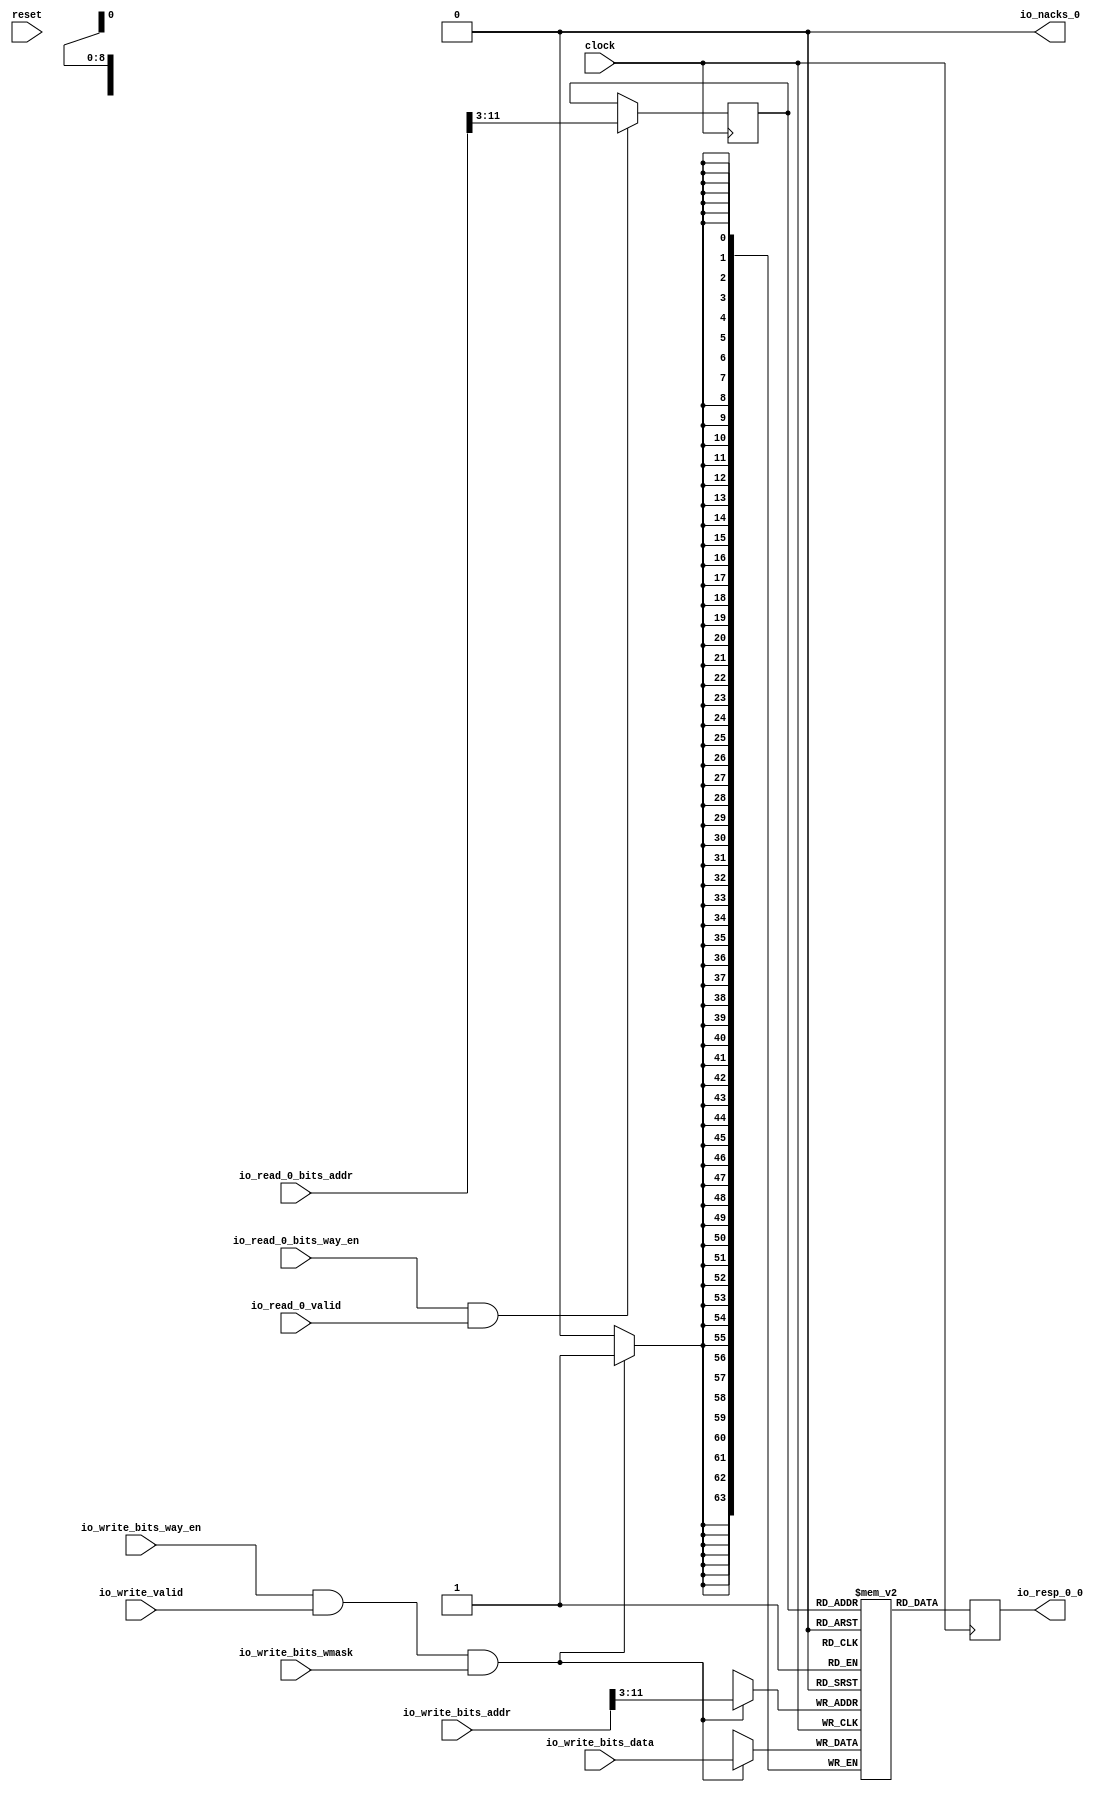
module BoomDuplicatedDataArray(
  input         clock,
  input         reset,
  input         io_read_0_valid,
  input         io_read_0_bits_way_en,
  input  [11:0] io_read_0_bits_addr,
  input         io_write_valid,
  input         io_write_bits_way_en,
  input  [11:0] io_write_bits_addr,
  input         io_write_bits_wmask,
  input  [63:0] io_write_bits_data,
  output [63:0] io_resp_0_0,
  output        io_nacks_0
);
`ifdef RANDOMIZE_MEM_INIT
  reg [63:0] _RAND_0;
`endif // RANDOMIZE_MEM_INIT
`ifdef RANDOMIZE_REG_INIT
  reg [31:0] _RAND_1;
  reg [31:0] _RAND_2;
  reg [63:0] _RAND_3;
`endif // RANDOMIZE_REG_INIT
  reg [63:0] array_0_0_0 [0:511]; // @[DescribedSRAM.scala 19:26]
  wire [63:0] array_0_0_0_MPORT_1_data; // @[DescribedSRAM.scala 19:26]
  wire [8:0] array_0_0_0_MPORT_1_addr; // @[DescribedSRAM.scala 19:26]
  wire [63:0] array_0_0_0_MPORT_data; // @[DescribedSRAM.scala 19:26]
  wire [8:0] array_0_0_0_MPORT_addr; // @[DescribedSRAM.scala 19:26]
  wire  array_0_0_0_MPORT_mask; // @[DescribedSRAM.scala 19:26]
  wire  array_0_0_0_MPORT_en; // @[DescribedSRAM.scala 19:26]
  reg  array_0_0_0_MPORT_1_en_pipe_0;
  reg [8:0] array_0_0_0_MPORT_1_addr_pipe_0;
  reg [63:0] REG; // @[dcache.scala 297:31]
  assign array_0_0_0_MPORT_1_addr = array_0_0_0_MPORT_1_addr_pipe_0;
  assign array_0_0_0_MPORT_1_data = array_0_0_0[array_0_0_0_MPORT_1_addr]; // @[DescribedSRAM.scala 19:26]
  assign array_0_0_0_MPORT_data = io_write_bits_data;
  assign array_0_0_0_MPORT_addr = io_write_bits_addr[11:3];
  assign array_0_0_0_MPORT_mask = io_write_bits_wmask;
  assign array_0_0_0_MPORT_en = io_write_bits_way_en & io_write_valid;
  assign io_resp_0_0 = REG; // @[dcache.scala 297:21]
  assign io_nacks_0 = 1'h0; // @[dcache.scala 299:17]
  always @(posedge clock) begin
    if(array_0_0_0_MPORT_en & array_0_0_0_MPORT_mask) begin
      array_0_0_0[array_0_0_0_MPORT_addr] <= array_0_0_0_MPORT_data; // @[DescribedSRAM.scala 19:26]
    end
    array_0_0_0_MPORT_1_en_pipe_0 <= io_read_0_bits_way_en & io_read_0_valid;
    if (io_read_0_bits_way_en & io_read_0_valid) begin
      array_0_0_0_MPORT_1_addr_pipe_0 <= io_read_0_bits_addr[11:3];
    end
    REG <= array_0_0_0_MPORT_1_data; // @[dcache.scala 297:31]
  end
// Register and memory initialization
`ifdef RANDOMIZE_GARBAGE_ASSIGN
`define RANDOMIZE
`endif
`ifdef RANDOMIZE_INVALID_ASSIGN
`define RANDOMIZE
`endif
`ifdef RANDOMIZE_REG_INIT
`define RANDOMIZE
`endif
`ifdef RANDOMIZE_MEM_INIT
`define RANDOMIZE
`endif
`ifndef RANDOM
`define RANDOM $random
`endif
`ifdef RANDOMIZE_MEM_INIT
  integer initvar;
`endif
`ifndef SYNTHESIS
`ifdef FIRRTL_BEFORE_INITIAL
`FIRRTL_BEFORE_INITIAL
`endif
initial begin
  `ifdef RANDOMIZE
    `ifdef INIT_RANDOM
      `INIT_RANDOM
    `endif
    `ifndef VERILATOR
      `ifdef RANDOMIZE_DELAY
        #`RANDOMIZE_DELAY begin end
      `else
        #0.002 begin end
      `endif
    `endif
`ifdef RANDOMIZE_MEM_INIT
  _RAND_0 = {2{`RANDOM}};
  for (initvar = 0; initvar < 512; initvar = initvar+1)
    array_0_0_0[initvar] = _RAND_0[63:0];
`endif // RANDOMIZE_MEM_INIT
`ifdef RANDOMIZE_REG_INIT
  _RAND_1 = {1{`RANDOM}};
  array_0_0_0_MPORT_1_en_pipe_0 = _RAND_1[0:0];
  _RAND_2 = {1{`RANDOM}};
  array_0_0_0_MPORT_1_addr_pipe_0 = _RAND_2[8:0];
  _RAND_3 = {2{`RANDOM}};
  REG = _RAND_3[63:0];
`endif // RANDOMIZE_REG_INIT
  `endif // RANDOMIZE
end // initial
`ifdef FIRRTL_AFTER_INITIAL
`FIRRTL_AFTER_INITIAL
`endif
`endif // SYNTHESIS
endmodule